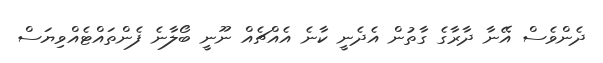
ދެންވެސް އޭނާ ދާރާގެ ގާތުން އެދެނީ ކާނެ އެއްޗެއް ނޫނީ ބޯލާނެ ފެންތައްޓެއްވިޔަސް